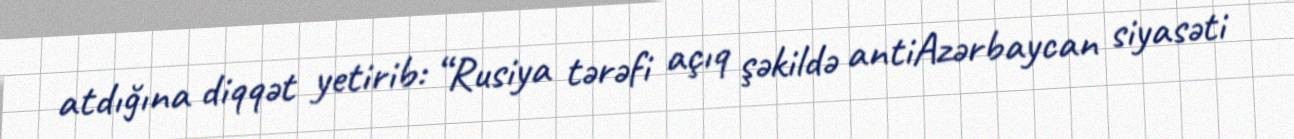
atdığına diqqət yetirib: “Rusiya tərəfi açıq şəkildə antiAzərbaycan siyasəti